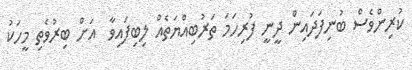
ކުރިންވެސް ބުނިފަދައިން ދީނީ ފުރިހަމަ ތަރުބިއްޔަތެއް ލިބިފައިވާ  އަށް ބިރުވެތި މީހަކު